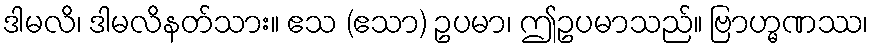
ဒါမလိ၊ ဒါမလိနတ်သား။ ဧသ (ဧသာ) ဥပမာ၊ ဤဥပမာသည်။ ဗြာဟ္မဏဿ၊